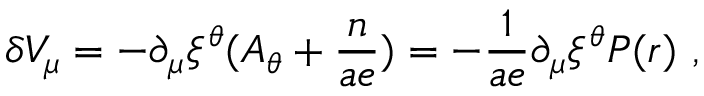
\delta V _ { \mu } = - \partial _ { \mu } \xi ^ { \theta } ( A _ { \theta } + \frac { n } { a e } ) = - \frac { 1 } { a e } \partial _ { \mu } \xi ^ { \theta } P ( r ) ~ ,